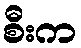
စီးက